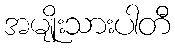
အမျိုးသားပါတီ